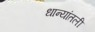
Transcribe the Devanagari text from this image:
धान्यांतली